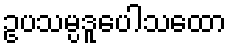
ဥပသမ္ပဒူပေါသထော